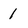
Character: 1